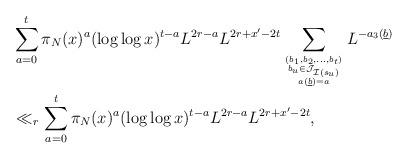
LaTeX: \begin{align*}& \sum_{a=0}^t \pi_N(x)^a (\log \log x)^{t-a} L^{2r - a}L^{2r + x' - 2t} \sum_{(b_1,b_2,\dots,b_{t}) \atop {b_u \in \mathcal J_{\mathcal I(s_u)} \atop {a(\underline{b}) = a}}}L^{-a_3(\underline{b})} \\&\ll_r \sum_{a=0}^t \pi_N(x)^a (\log \log x)^{t-a} L^{2r - a}L^{2r + x' - 2t},\end{align*}